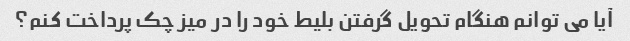
آیا می توانم هنگام تحویل گرفتن بلیط خود را در میز چک پرداخت کنم؟